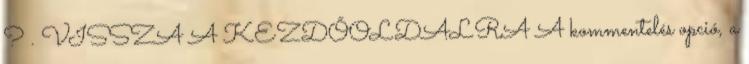
? . VISSZA A KEZDŐOLDALRA A kommentelés opció, a